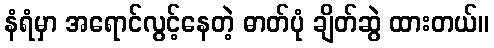
နံရံမှာ အရောင်လွင့်နေတဲ့ ဓာတ်ပုံ ချိတ်ဆွဲ ထားတယ်။